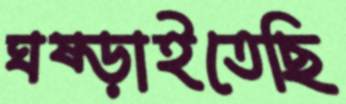
ঘষ্‌ড়াইতেছি